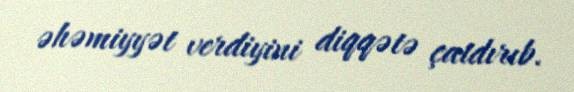
əhəmiyyət verdiyini diqqətə çatdırıb.